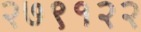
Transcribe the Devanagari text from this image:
२७९१२२